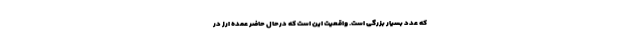
که عدد بسیار بزرگی است. واقعیت این است که درحال حاضر عمده ارز در